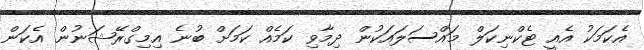
އެކަމަކު އެއީ ޓެކްނިކަލް މައްސަލައަކުން ދިމާވި ކަމެއް ކަމަށް ބުނެ އިމިގްރޭޝަނުން އެކަން